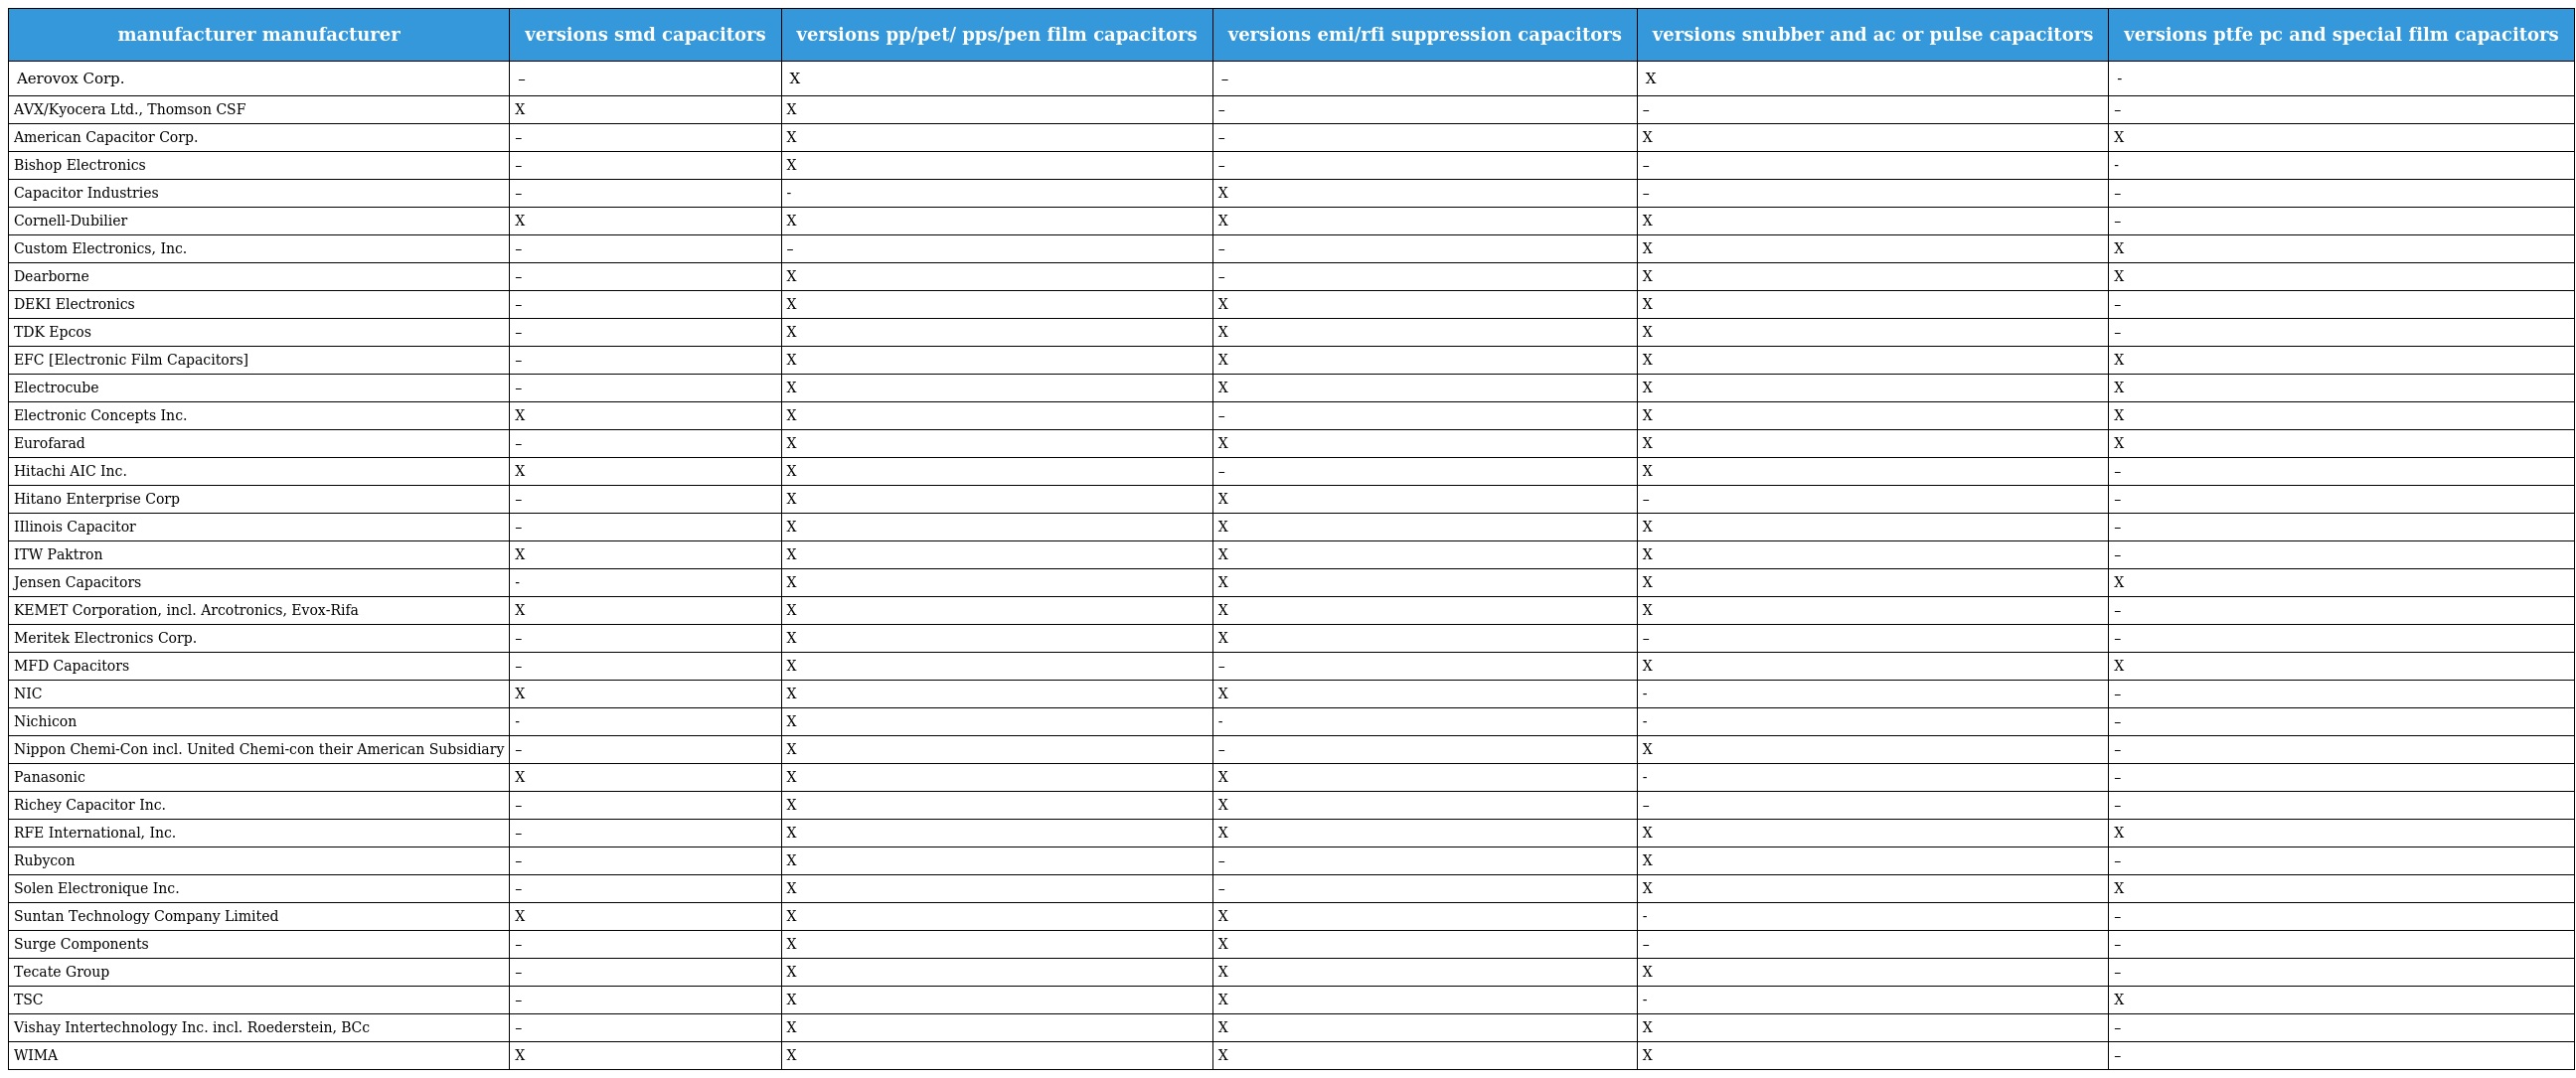
| manufacturer manufacturer | versions smd capacitors | versions pp/pet/ pps/pen film capacitors | versions emi/rfi suppression capacitors | versions snubber and ac or pulse capacitors | versions ptfe pc and special film capacitors |
 | --- | --- | --- | --- | --- | --- |
 | Aerovox Corp. | – | X | – | X | - |
 | AVX/Kyocera Ltd., Thomson CSF | X | X | – | – | – |
 | American Capacitor Corp. | – | X | – | X | X |
 | Bishop Electronics | – | X | – | – | - |
 | Capacitor Industries | – | - | X | – | – |
 | Cornell-Dubilier | X | X | X | X | – |
 | Custom Electronics, Inc. | – | – | – | X | X |
 | Dearborne | – | X | – | X | X |
 | DEKI Electronics | – | X | X | X | – |
 | TDK Epcos | – | X | X | X | – |
 | EFC [Electronic Film Capacitors] | – | X | X | X | X |
 | Electrocube | – | X | X | X | X |
 | Electronic Concepts Inc. | X | X | – | X | X |
 | Eurofarad | – | X | X | X | X |
 | Hitachi AIC Inc. | X | X | – | X | – |
 | Hitano Enterprise Corp | – | X | X | – | – |
 | IIlinois Capacitor | – | X | X | X | – |
 | ITW Paktron | X | X | X | X | – |
 | Jensen Capacitors | - | X | X | X | X |
 | KEMET Corporation, incl. Arcotronics, Evox-Rifa | X | X | X | X | – |
 | Meritek Electronics Corp. | – | X | X | – | – |
 | MFD Capacitors | – | X | – | X | X |
 | NIC | X | X | X | - | – |
 | Nichicon | - | X | - | - | – |
 | Nippon Chemi-Con incl. United Chemi-con their American Subsidiary | – | X | – | X | – |
 | Panasonic | X | X | X | - | – |
 | Richey Capacitor Inc. | – | X | X | – | – |
 | RFE International, Inc. | – | X | X | X | X |
 | Rubycon | – | X | – | X | – |
 | Solen Electronique Inc. | – | X | – | X | X |
 | Suntan Technology Company Limited | X | X | X | - | – |
 | Surge Components | – | X | X | – | – |
 | Tecate Group | – | X | X | X | – |
 | TSC | – | X | X | - | X |
 | Vishay Intertechnology Inc. incl. Roederstein, BCc | – | X | X | X | – |
 | WIMA | X | X | X | X | – |